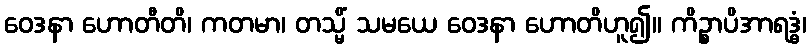
ဝေဒနာ ဟောတီတိ၊ ကတမာ၊ တသ္မိံ သမယေ ဝေဒနာ ဟောတိဟူ၍။ ကိဉ္စာပိအာရဒ္ဓံ၊